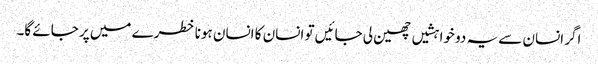
اگر انسان سے یہ دو خواہشیں چھین لی جائیں تو انسان کا انسان ہونا خطرے میں پر جائے گا۔